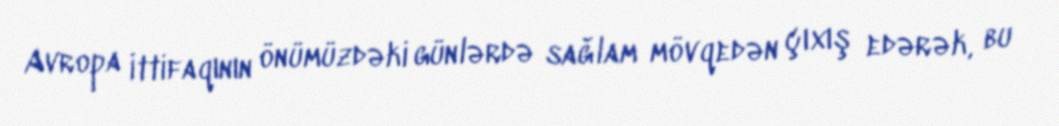
Avropa İttifaqının önümüzdəki günlərdə sağlam mövqedən çıxış edərək, bu